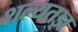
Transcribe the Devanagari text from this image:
शल्यतज्ञ